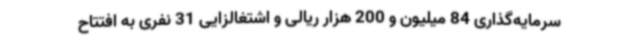
سرمایه‌گذاری 84 میلیون و 200 هزار ریالی و اشتغالزایی 31 نفری به افتتاح